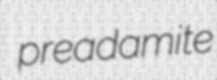
preadamite